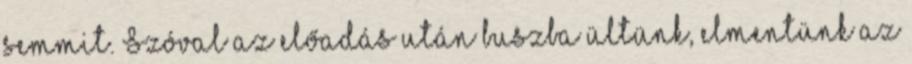
semmit. Szóval az előadás után buszba ültünk, elmentünk az